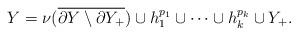
LaTeX: \begin{align*} Y = \nu(\overline{\partial Y\setminus \partial Y_+})\cup h_1^{p_1}\cup \cdots \cup h_k^{p_k} \cup Y_+. \end{align*}